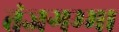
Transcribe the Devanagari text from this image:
तंजगम्मा